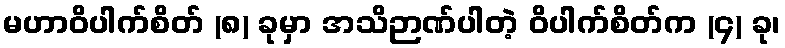
မဟာဝိပါက်စိတ် (၈) ခုမှာ အသိဉာဏ်ပါတဲ့ ဝိပါက်စိတ်က (၄) ခု၊